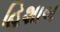
હિશાબ